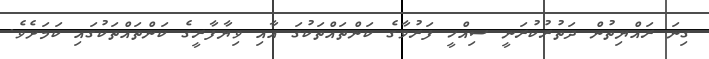
ގިނަ ރައްޔިތުން ދަތުރުކުރަނީ ސިއްހީ ފަރުވާގެ ކަންތައްތަކުގަ އާއި ވިޔާފާރީގެ ކަންތައްތަކުގައި ކަމަށެވެ.